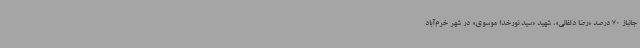
جانباز 70 درصد «رضا دلفانی»، شهید «سید نورخدا موسوی» در شهر خرم‌آباد